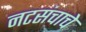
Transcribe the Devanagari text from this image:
नटसंचाचे